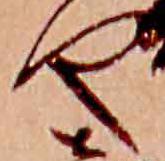
や